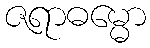
ဇရာဓမ္မော